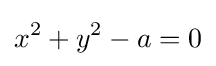
x^{2}+y^{2}-a=0